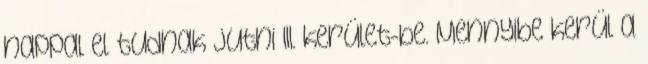
nappal el tudnak jutni III. kerület-be. Mennyibe kerül a